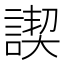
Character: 𧩶